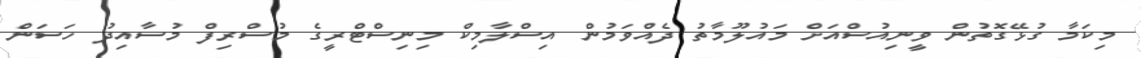
މިކަމާ ގުޅޭގޮތުން ވީނިއުސްއަށް މައުލޫމާތު ދެއްވަމުން އިސްލާމިކް މިނިސްޓްރީގެ މުސްރިފް މުސާއިދު ހަސަން